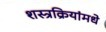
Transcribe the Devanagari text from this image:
शस्त्रक्रियांमधे